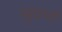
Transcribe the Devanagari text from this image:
सुधर्ण